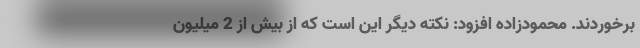
برخوردند. محمودزاده افزود: نکته دیگر این است که از بیش از 2 میلیون